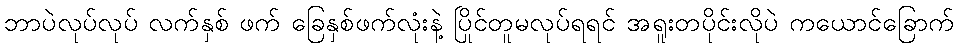
ဘာပဲလုပ်လုပ် လက်နှစ် ဖက် ခြေနှစ်ဖက်လုံးနဲ့ ပြိုင်တူမလုပ်ရရင် အရူးတပိုင်းလိုပဲ ကယောင်ခြောက်